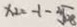
x _ { 2 } = - 1 - \sqrt [ 4 ] { 1 2 8 }